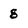
Character: g